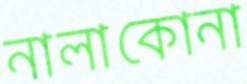
নালাকোনা